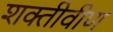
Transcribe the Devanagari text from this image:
शक्तीवीण